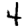
Digit: 4